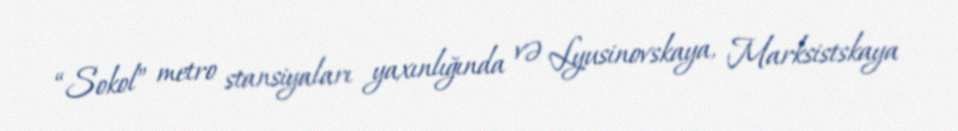
“Sokol” metro stansiyaları yaxınlığında və Lyusinovskaya, Marksistskaya